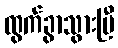
ထွက်ခွာသွားပြီ